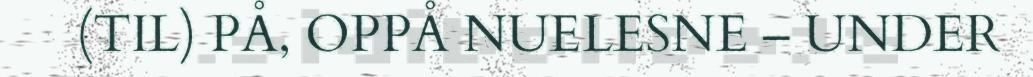
(TIL) PÅ, OPPÅ NUELESNE – UNDER